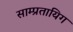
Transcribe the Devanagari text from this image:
साम्प्रतायिग